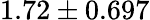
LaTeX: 1.72\pm 0.697